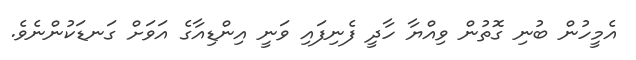
އެމީހުން ބުނި ގޮތުން ވިއްޔާ ހާދީ ފެނިފައި ވަނީ އިންޑިއާގެ އަވަށް ގަނޑަކުންނެވެ.